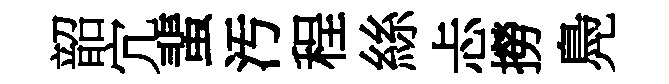
韶宂蜚汚程絲忐撈鳧